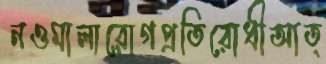
নওমালারোগপ্রতিরোধীআত্